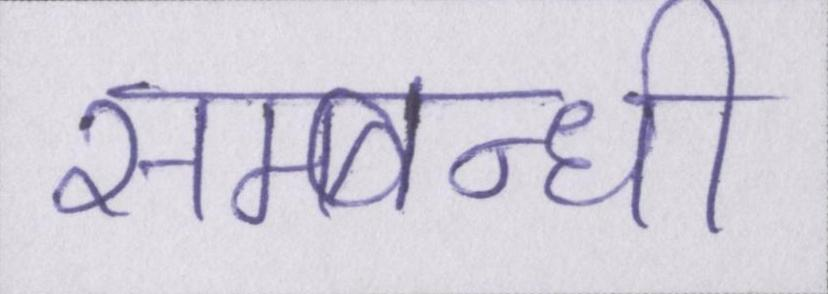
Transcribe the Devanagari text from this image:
सम्बन्धी